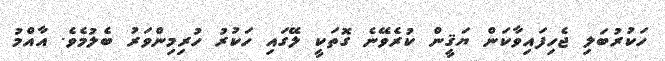
ހަކުރުބަލި ޖެހިފައިވާކަން ޔަޤީން ކުރެވޭނެ ގޮތަކީ ލޭގައި ހަކުރު ހުރިމިންވަރު ބެލުމެވެ. އާއްމު